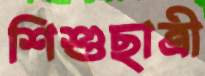
শিশুছাত্রী